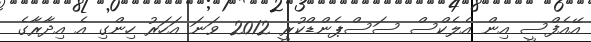
އޭއެފްސީ އިން އެލެކްސް ސަސްޕެންޑްކުރީ 2012 ވަނަ އަހަރު ހިންގި އެ އިދާރާގެ